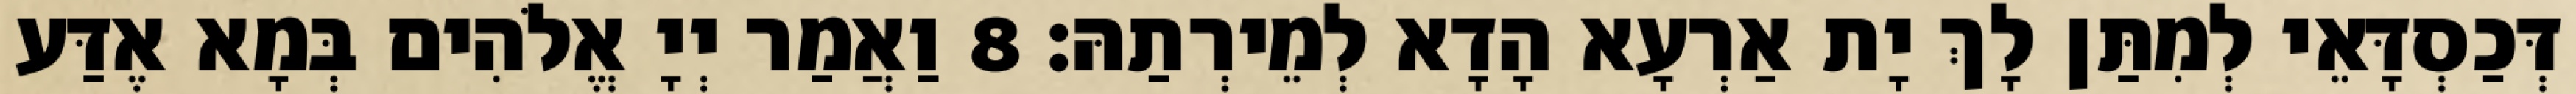
דְּכַסְדָּאֵי לְמִתַּן לָךְ יָת אַרְעָא הָדָא לְמֵירְתַהּ׃ 8 וַאֲמַר יְיָ אֱלֹהִים בְּמָא אֶדַּע